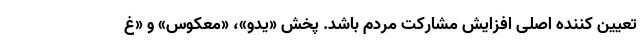
تعیین کننده اصلی افزایش مشارکت مردم باشد. پخش «یدو»، «معکوس» و «غ